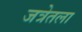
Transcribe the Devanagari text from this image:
जत्रेतला